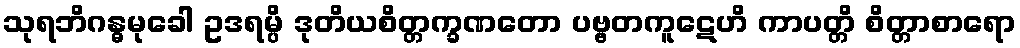
သုရဘိဂန္ဓမုခေါ ဥဒရမ္ပိ ဒုတိယစိတ္တက္ခဏတော ပဗ္ဗတကူဋေဟိ ကာပတ္တိ စိတ္တာစာရော